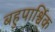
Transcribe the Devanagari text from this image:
बहुपार्श्विक